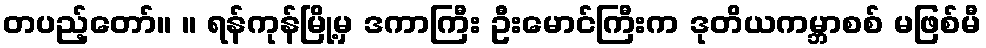
တပည့်တော်။ ။ ရန်ကုန်မြို့မှ ဒကာကြီး ဦးမောင်ကြီးက ဒုတိယကမ္ဘာစစ် မဖြစ်မီ